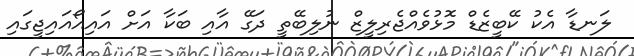
ލަނޑާ އެކު ކޭބީޒެޑް މޮޅުވެއްޖެރިލީޒް ނުލިބޭތީ ދަގޭ އާއި ބަކާ އަށް އައިއޯއައިޖީގައި